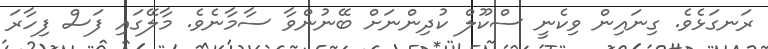
ރަނގަޅެވެ. ގިނައިން ވިކެނީ ސްކޫލް ކުދިންނަށް ބޭނުންވާ ސާމާނެވެ. މާލޭގައި ފަސް ފިހާރަ